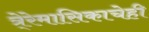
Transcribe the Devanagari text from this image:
त्रे्रेमासिकाचेही